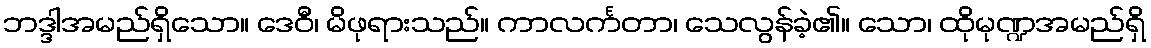
ဘဒ္ဒါအမည်ရှိသော။ ဒေဝီ၊ မိဖုရားသည်။ ကာလင်္ကတာ၊ သေလွန်ခဲ့၏။ သော၊ ထိုမုဏ္ဍအမည်ရှိ